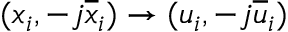
( x _ { i } , - j \overline { { x } } _ { i } ) \rightarrow ( u _ { i } , - j \overline { { u } } _ { i } )